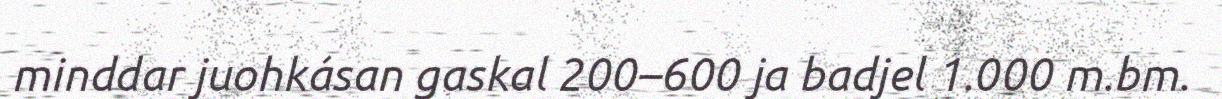
minddar juohkásan gaskal 200–600 ja badjel 1.000 m.bm.